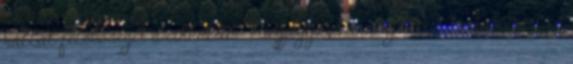
vállal felelőséget a cikküldő "Megjegyzés" mezőjébe írt tartalomért és